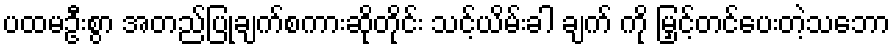
ပထမဦးစွာ အတည်ပြုချက်စကားဆိုတိုင်း သင့်ယိမ်းခါ ချက် ကို မြှင့်တင်ပေးတဲ့သဘော